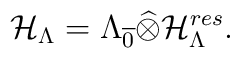
{\cal H}_\Lambda =\Lambda _{\overline{0}}\widehat{\otimes }{\cal H}_\Lambda^{res}.